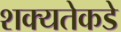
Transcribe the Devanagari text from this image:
शक्यतेकडे